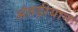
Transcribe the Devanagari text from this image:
अंतड़ीयान